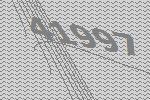
41997